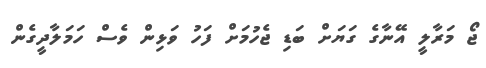
ޖޯ މަރާލީ އޭނާގެ ގަޔަށް ބަޑި ޖެހުމަށް ފަހު ވަޅިން ވެސް ހަމަލާދީގެން